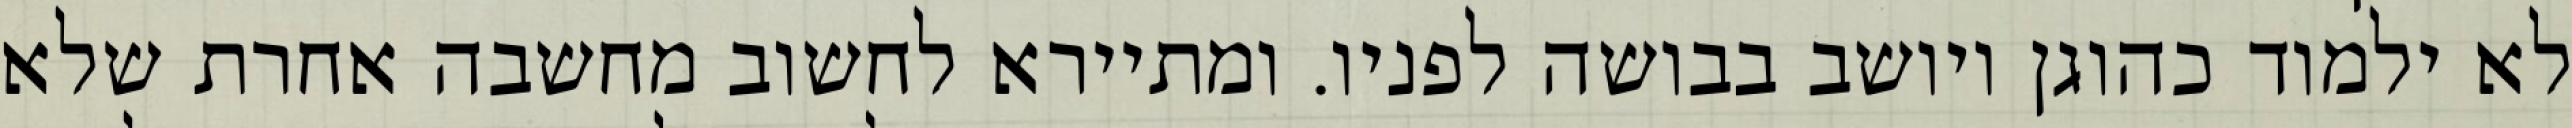
לא ילמוד כהוגן ויושב בבושה לפניו. ומתיירא לחשוב מחשבה אחרת שלא